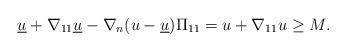
LaTeX: \begin{align*}\underline{u}+\nabla_{11}\underline{u}-\nabla_n(u-\underline{u})\Pi_{11}=u+\nabla_{11} u\geq M.\end{align*}